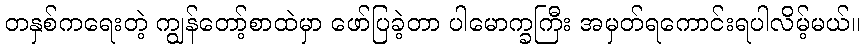
တနှစ်ကရေးတဲ့ ကျွန်တော့်စာထဲမှာ ဖော်ပြခဲ့တာ ပါမောက္ခကြီး အမှတ်ရကောင်းရပါလိမ့်မယ်။